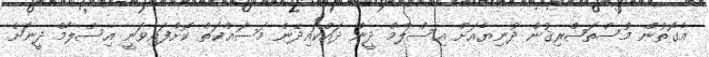
އެގޮތުން މުސްތަޝްރިޤުން ދުނިޔެއަށް އިސްލާމް ދީން ދައްކައިދޭން މަސައްކަތް ކޮށްފައިވަނީ އިސްލާމް ދީނަށް